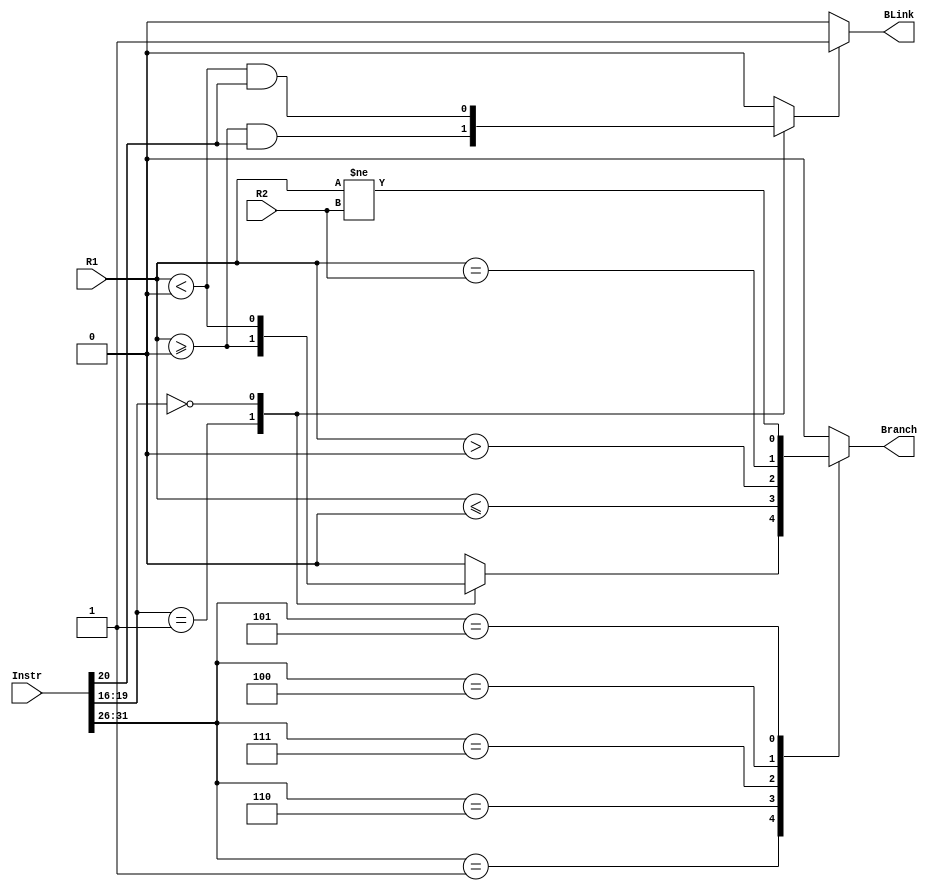
/*
    Branch estimation
    and Branch-and-link descrimination (not implemented here)
*/
module branch(
    input [31:0] Instr,
    input [31:0] R1,
    input [31:0] R2,
    output reg Branch,
    output reg BLink
);
//BGEZ and BLTZ have the same opcode
parameter BZ = 6'b1;
    parameter BGEZ = 4'b1;
    parameter BLTZ = 4'b0;

parameter BEQ = 6'b100;
parameter BNE = 6'b101;
parameter BLEZ = 6'b110;
parameter BGTZ = 6'b111;

wire [5:0] opcode;

wire [3:0] rt;
/* use a temporary variable to avoid repeating Blink every time */
reg _BLink;

assign opcode = Instr[31:26];
assign link = Instr[20];
assign rt = Instr[19:16];

always @*
begin
    case(opcode)
        BZ:
        begin
            case(rt)
                BGEZ:
                begin
                    Branch = ($signed(R1) >= $signed(0));
                    _BLink = Branch & link;
                end
                BLTZ:
                begin
                    Branch = ($signed(R1) < $signed(0));
                    _BLink = Branch & link;
                end
					 default:
					 begin
						  Branch = 0;
						  _BLink = 0;
						  
					 end
            endcase
        end
        BLEZ:
            Branch = ($signed(R1) <= $signed(0));
        BGTZ:
            Branch = ($signed(R1) > $signed(0));
        BEQ:
            Branch = R1 == R2;
        BNE:
            Branch = R1 != R2;
        default:
            Branch = 0;
    endcase
    if(_BLink)
        BLink = 1;
    else
        BLink = 0;
end

endmodule